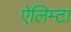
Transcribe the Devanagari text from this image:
ऐलिम्टा